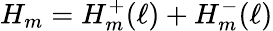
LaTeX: H_{m}=H_{m}^{+}(\ell)+H_{m}^{-}(\ell)